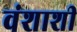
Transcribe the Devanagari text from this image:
वंशाशी